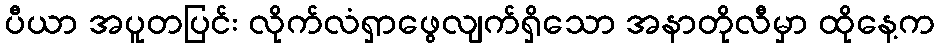
ပီယာ အပူတပြင်း လိုက်လံရှာဖွေလျက်ရှိသော အနာတိုလီမှာ ထိုနေ့က